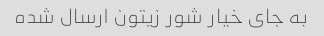
به جای خیار شور زیتون ارسال شده